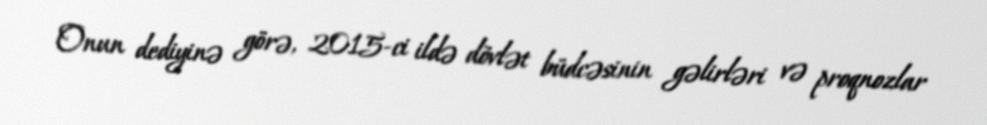
Onun dediyinə görə, 2015-ci ildə dövlət büdcəsinin gəlirləri və proqnozlar